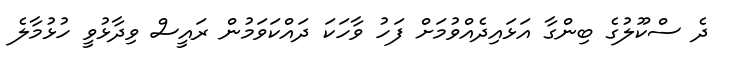
ދެ ސްކޫލުގެ ބިންގާ އަޅައިދެއްވުމަށް ފަހު ވާހަކަ ދައްކަވަމުން ރައީސް ވިދާޅުވީ ހުޅުމާލެ